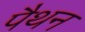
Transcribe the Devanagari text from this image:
पैथन